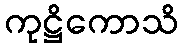
ကုဋ္ဌိကောသိ